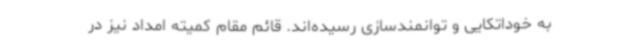
به خوداتکایی و توانمندسازی رسیده‌اند. قائم مقام کمیته امداد نیز در